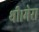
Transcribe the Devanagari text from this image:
थी।मेरा